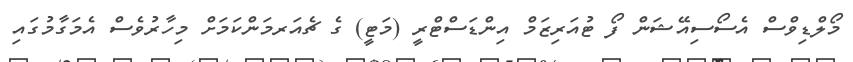
މޯލްޑިވްސް އެސޯސިއޭޝަން ފޯ ޓުއަރިޒަމް އިންޑަސްޓްރީ (މަޓީ) ގެ ޗެއަރމަންކަމަށް މިހާރުވެސް އެމަގާމުގައި